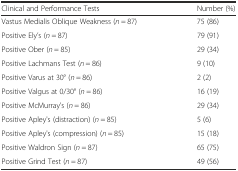
<table><thead><tr><td><b>Clinical and Performance Tests</b></td><td><b>Number (%)</b></td></tr></thead><tbody><tr><td>Vastus Medialis Oblique Weakness (<i>n</i> = 87)</td><td>75 (86)</td></tr><tr><td>Positive Ely’s (<i>n</i> = 87)</td><td>79 (91)</td></tr><tr><td>Positive Ober (<i>n</i> = 85)</td><td>29 (34)</td></tr><tr><td>Positive Lachmans Test (<i>n</i> = 86)</td><td>9 (10)</td></tr><tr><td>Positive Varus at 30° (<i>n</i> = 86)</td><td>2 (2)</td></tr><tr><td>Positive Valgus at 0/30° (<i>n</i> = 86)</td><td>16 (19)</td></tr><tr><td>Positive McMurray&#x27;s (<i>n</i> = 86)</td><td>29 (34)</td></tr><tr><td>Positive Apley&#x27;s (distraction) (<i>n</i> = 85)</td><td>5 (6)</td></tr><tr><td>Positive Apley&#x27;s (compression) (<i>n</i> = 85)</td><td>15 (18)</td></tr><tr><td>Positive Waldron Sign (<i>n</i> = 87)</td><td>65 (75)</td></tr><tr><td>Positive Grind Test (<i>n</i> = 87)</td><td>49 (56)</td></tr></tbody></table>